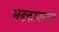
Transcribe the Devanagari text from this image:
भडकावल्या